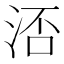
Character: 㳪